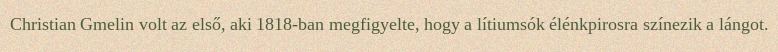
Christian Gmelin volt az első, aki 1818-ban megfigyelte, hogy a lítiumsók élénkpirosra színezik a lángot.